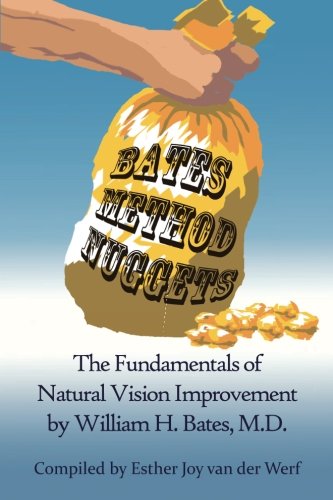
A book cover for Bates Method Nuggets: The Fundamentals of Natural Vision Improvement by William H. Bates, M.D.; Esther Joy van der Werf; Health, Fitness & Dieting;